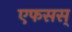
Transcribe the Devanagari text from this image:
एफसस्